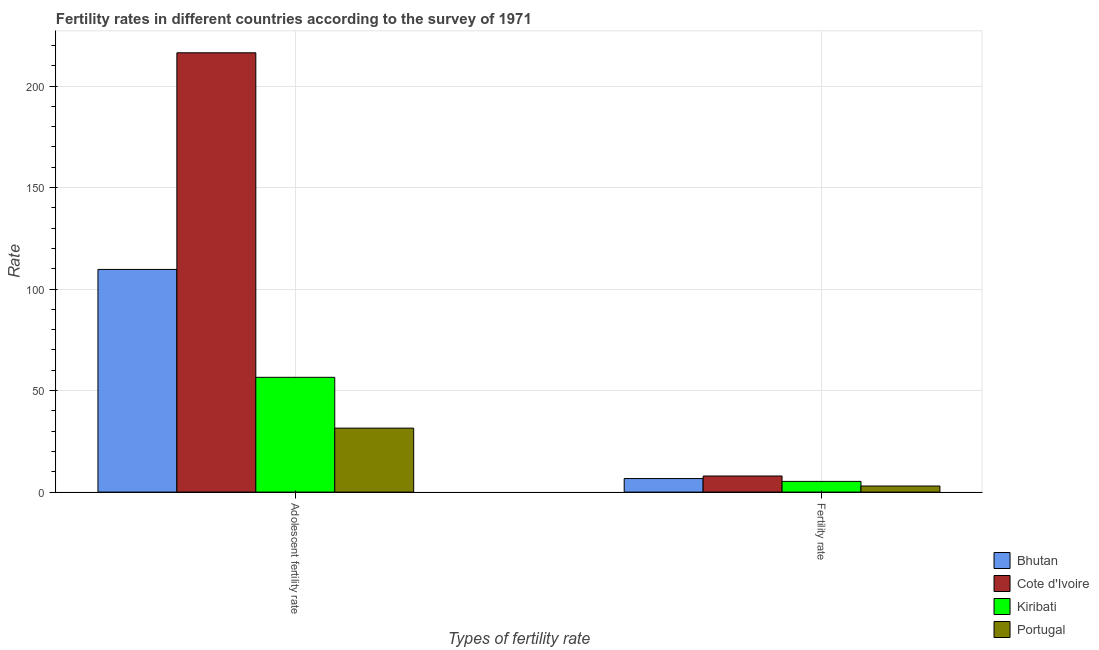
| Types of fertility rate | Bhutan | Cote d'Ivoire | Kiribati | Portugal |
 | --- | --- | --- | --- | --- |
 | Adolescent fertility rate | 110 | 216 | 56.5 | 31.5 |
 | Fertility rate | 6.67 | 7.93 | 5.27 | 3 |